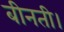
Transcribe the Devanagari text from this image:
बीनती।